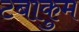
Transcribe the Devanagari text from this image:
टबाकुम